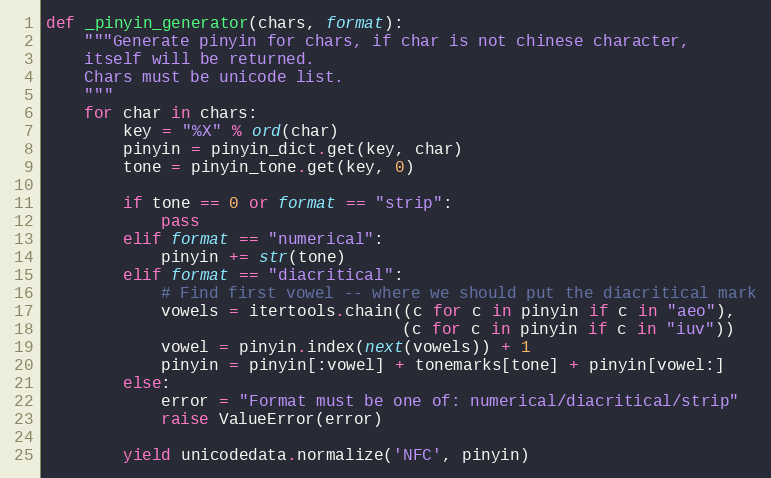
Language: Python
def _pinyin_generator(chars, format):
    """Generate pinyin for chars, if char is not chinese character,
    itself will be returned.
    Chars must be unicode list.
    """
    for char in chars:
        key = "%X" % ord(char)
        pinyin = pinyin_dict.get(key, char)
        tone = pinyin_tone.get(key, 0)

        if tone == 0 or format == "strip":
            pass
        elif format == "numerical":
            pinyin += str(tone)
        elif format == "diacritical":
            # Find first vowel -- where we should put the diacritical mark
            vowels = itertools.chain((c for c in pinyin if c in "aeo"),
                                     (c for c in pinyin if c in "iuv"))
            vowel = pinyin.index(next(vowels)) + 1
            pinyin = pinyin[:vowel] + tonemarks[tone] + pinyin[vowel:]
        else:
            error = "Format must be one of: numerical/diacritical/strip"
            raise ValueError(error)

        yield unicodedata.normalize('NFC', pinyin)